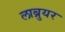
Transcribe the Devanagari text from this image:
लाब्रुयर